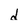
Character: d